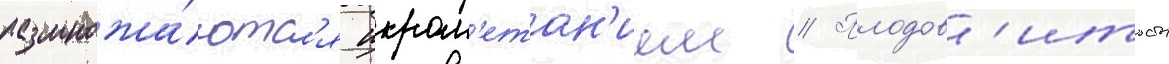
размножа́ютс'я икром'етан'ием // Плодов'итость